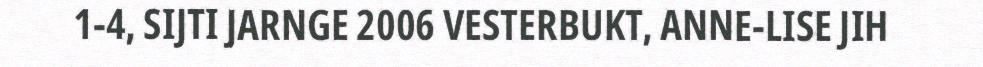
1-4, SIJTI JARNGE 2006 VESTERBUKT, ANNE-LISE JIH